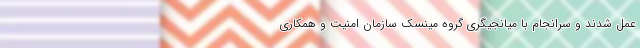
عمل شدند و سرانجام با میانجیگری گروه مینسک سازمان امنیت و همکاری